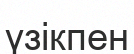
үзікпен